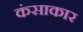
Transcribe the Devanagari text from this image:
कंसाकार